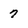
Character: 7